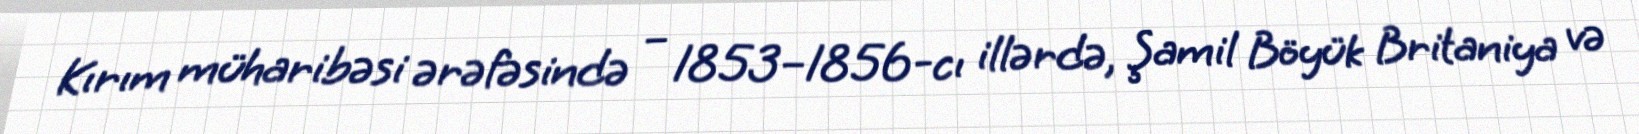
Kırım müharibəsi ərəfəsində – 1853–1856-cı illərdə, Şamil Böyük Britaniya və